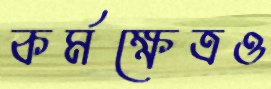
কর্মক্ষেত্রও